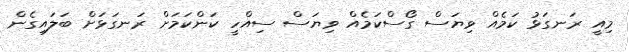
މިއީ ރަނގަޅު ކަމެއް ވިޔަސް ގޯސްކަމެއް ވިޔަސް ސިއްހީ ކަންކަމަށް ރަނގަޅަށް ބަލައިގެން